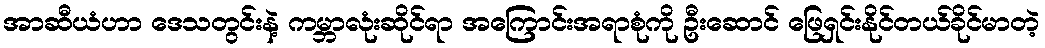
အာဆီယံဟာ ဒေသတွင်းနဲ့ ကမ္ဘာလုံးဆိုင်ရာ အကြောင်းအရာစုံကို ဦးဆောင် ဖြေရှင်းနိုင်တယ်ခိုင်မာတဲ့